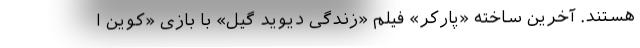
هستند. آخرین ساخته «پارکر» فیلم «زندگی دیوید گیل» با بازی «کوین ا